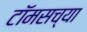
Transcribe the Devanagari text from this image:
टॉमसच्या